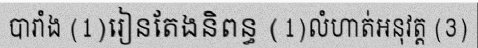
បារាំង (1)រៀនតែងនិពន្ធ (1)លំហាត់អនុវត្ត (3)